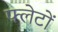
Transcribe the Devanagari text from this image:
फ्लेटों